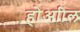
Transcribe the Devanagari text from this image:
होआील